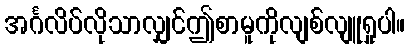
အင်္ဂလိပ်လိုသာလျှင်ဤစာမူကိုလျစ်လျူရှုပါ။